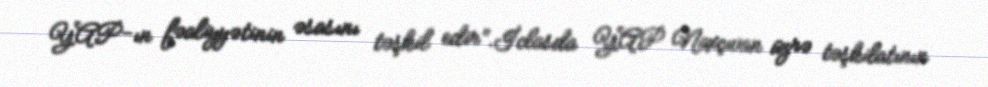
YAP-ın fəaliyyətinin əsasını təşkil edir”.İclasda YAP Naxçıvan üzrə təşkilatının